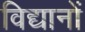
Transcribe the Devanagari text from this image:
विद्यानों